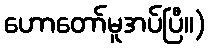
ဟောတော်မူအပ်ပြီ။)